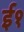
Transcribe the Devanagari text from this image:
ई१